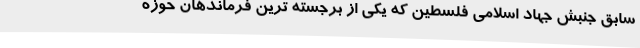
سابق جنبش جهاد اسلامی فلسطین که یکی از برجسته ترین فرماندهان حوزه